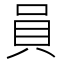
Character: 員